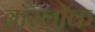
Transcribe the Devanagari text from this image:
वॉरलॉक